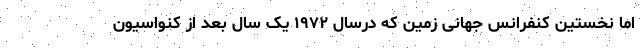
اما نخستین کنفرانس جهانی زمین که درسال ۱۹۷۲ یک سال بعد از کنواسیون